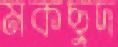
মকছুদ